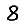
Digit: 8